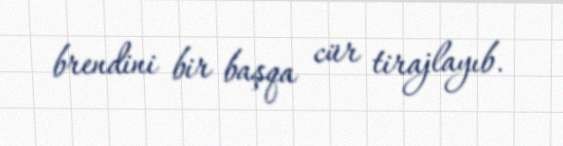
brendini bir başqa cür tirajlayıb.